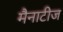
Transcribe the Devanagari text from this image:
मैनाटीज